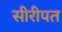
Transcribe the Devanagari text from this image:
सीरीपत